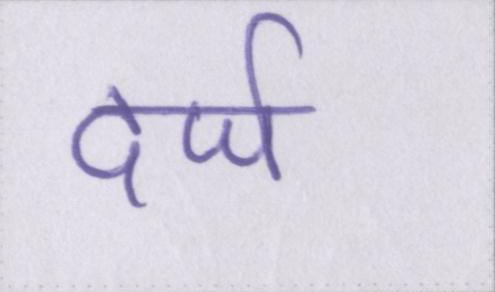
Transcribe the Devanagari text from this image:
दर्ज